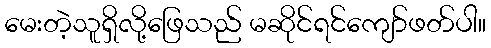
မေးတဲ့သူရှိလို့ဖြေသည် မဆိုင်ရင်ကျော်ဖတ်ပါ။